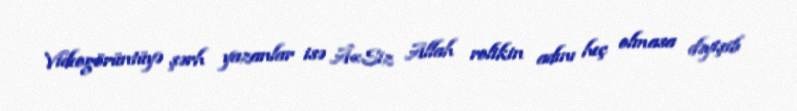
Videogörüntüyə şərh yazanlar isə Â«Siz Allah rolikin adını heç olmasa dəyişib